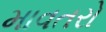
માવતરો